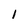
Character: l